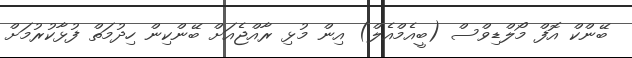
ބޭންކް އޮފް މޯލްޑިވްސް (ބީއެމްއެލް) އިން މުޅި ރާއްޖެއަށް ބޭންކިން ހިދުމަތް ފުޅާކުރުމަށް